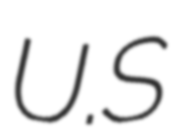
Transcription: U.S